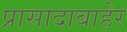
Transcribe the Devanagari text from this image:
प्रासादाबाहेर